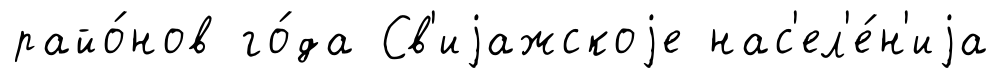
райо́нов го́да Св'иjажскоjе нас'ел'е́н'иjа